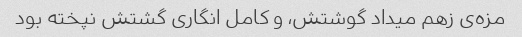
مزه‌ی زهم میداد گوشتش، و کامل انگاری گشتش نپخته بود